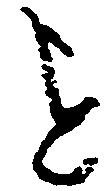
を